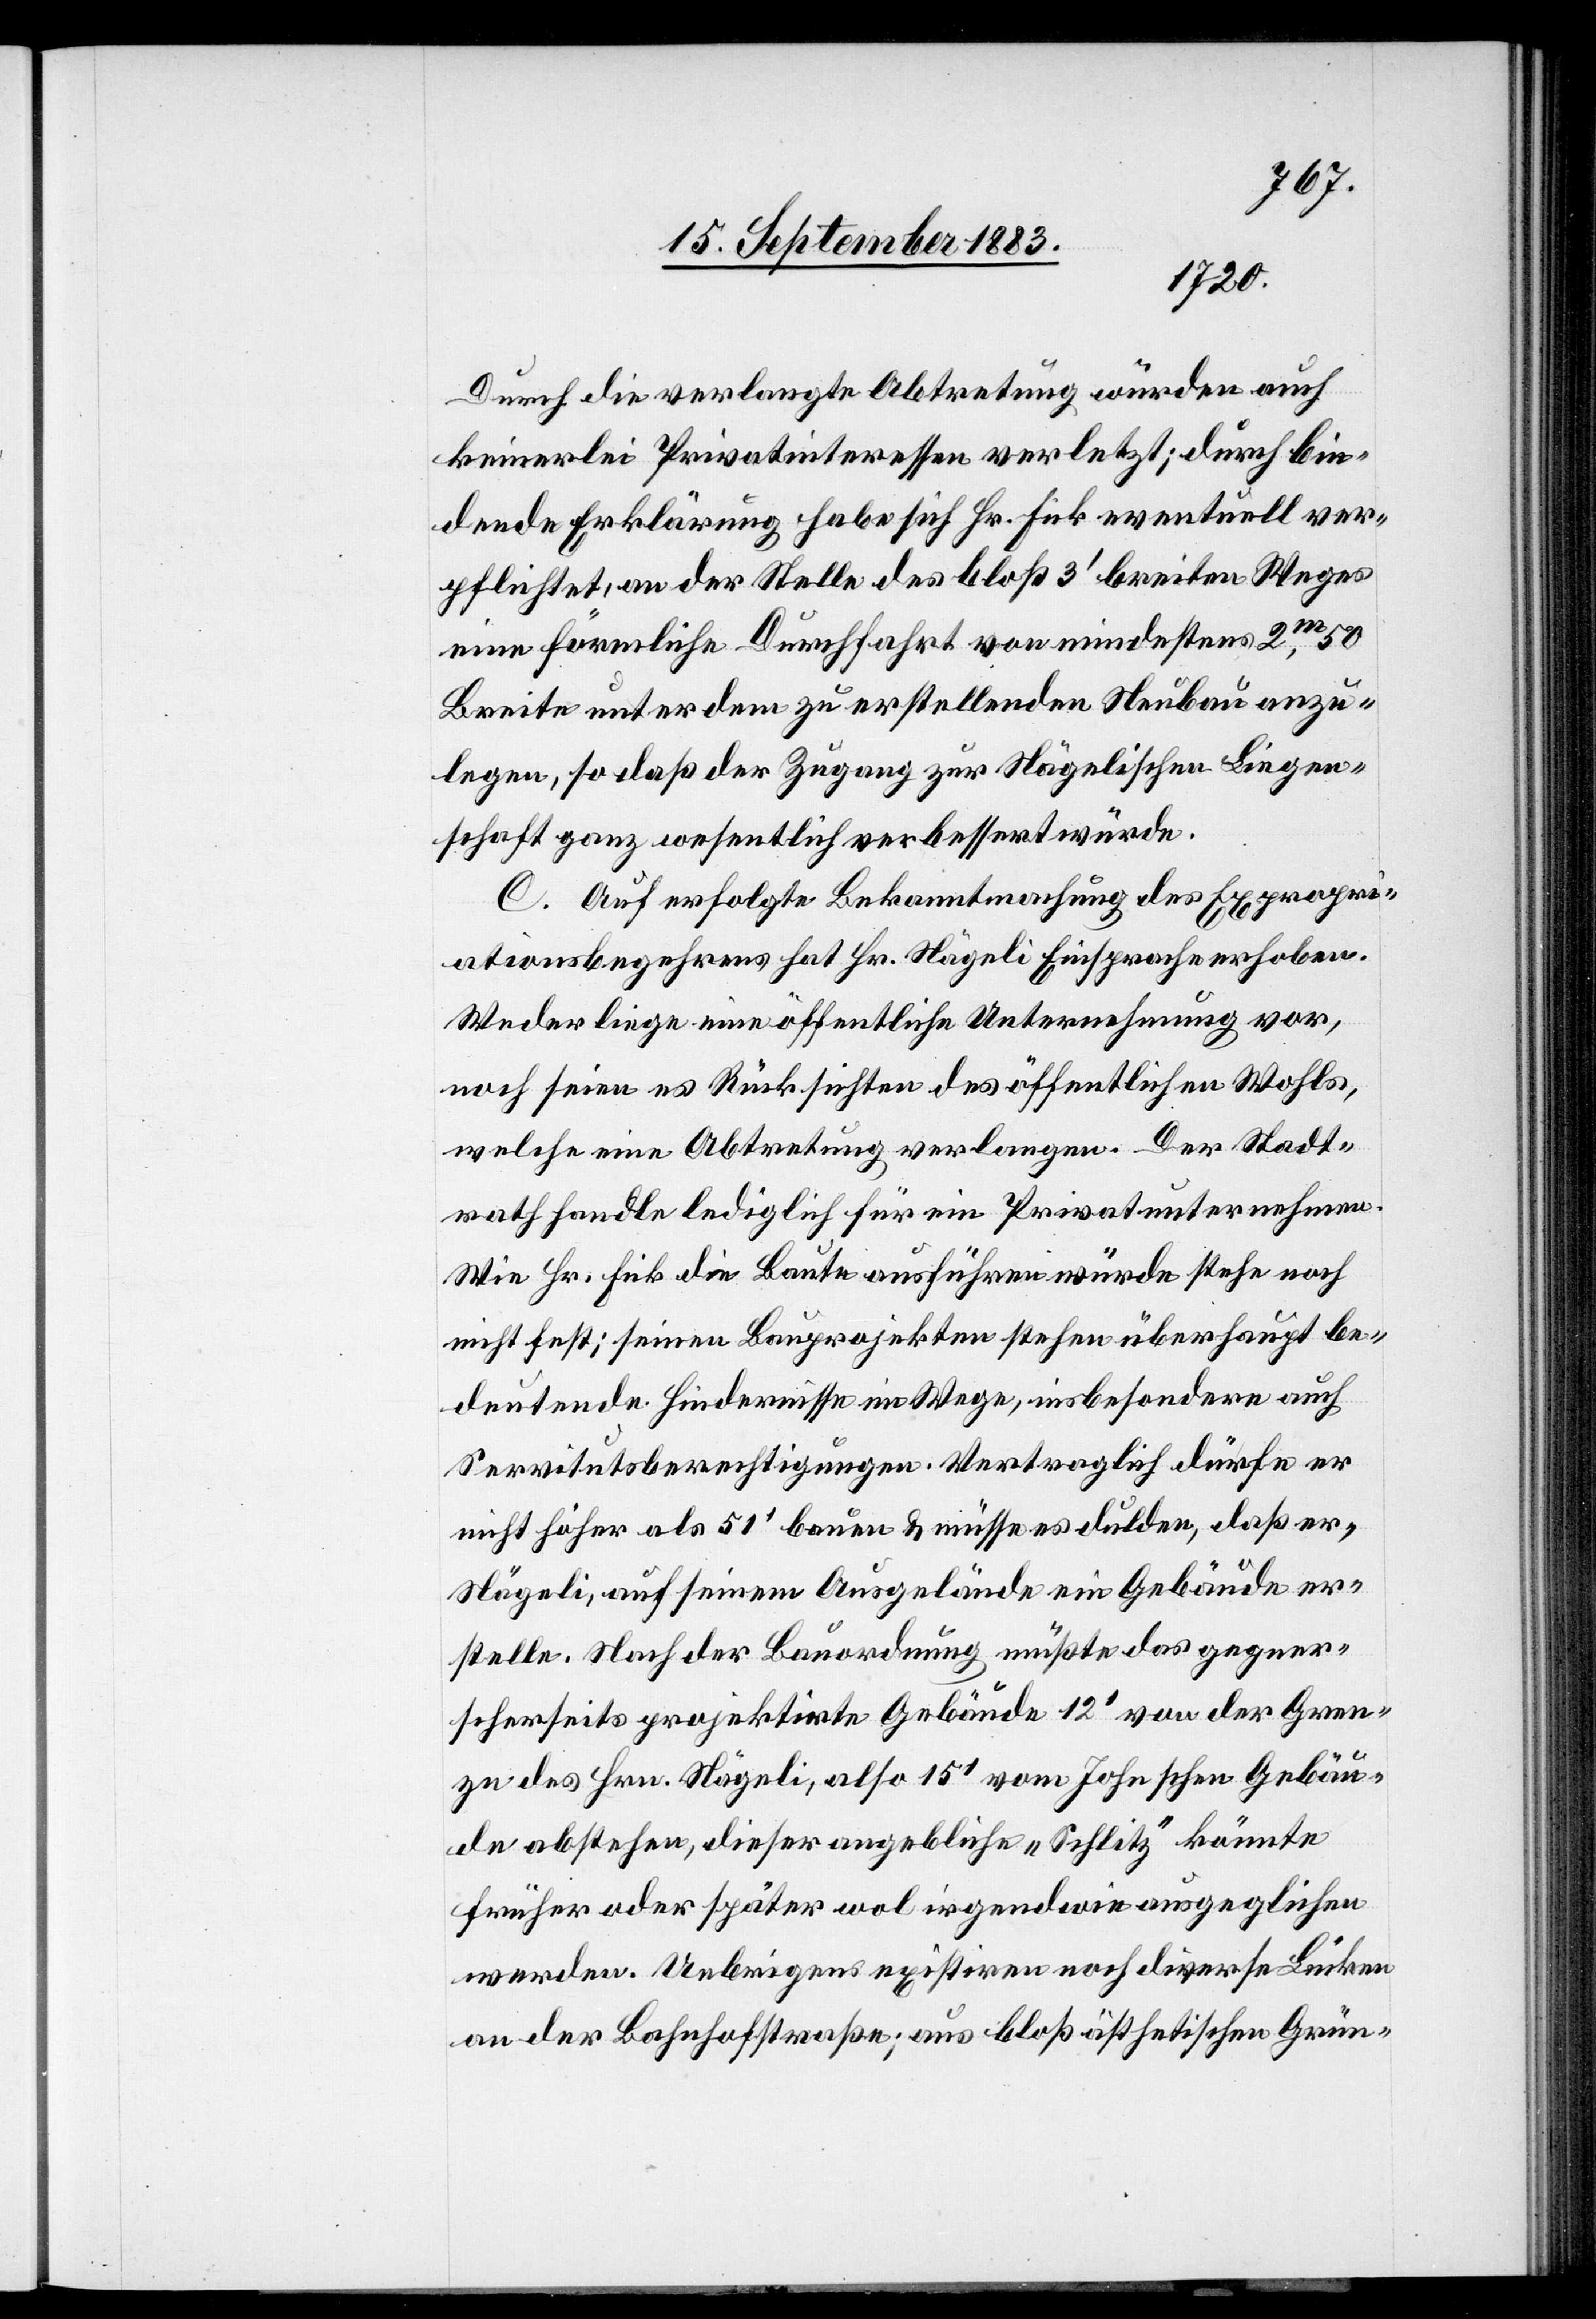
Durch die verlangte Abtretung würden auch
keinerlei Privatinteressen verletzt; durch bin¬
dende Erklärung habe sich Hr. Rick eventuell ver¬
pflichtet, an der Stelle des bloß 3’ breiten Weges
eine förmliche Durchfahrt von mindestens 2m, 50
Breite unter dem zu erstellenden Neubau anzu¬
legen, so daß der Zugang zur Nägelischen Liegen¬
schaft ganz wesentlich verbessert würde.
C. Auf erfolgte Bekanntmachung des Expropri¬
ationsbegehrens hat Hr. Nägeli Einsprache erhoben.
Weder liege eine öffentliche Unternehmung vor,
noch seien es Rücksichten des öffentlichen Wohls,
welche eine Abtretung verlangen. Der Stadt¬
rath handle lediglich für ein Privatunternehmen.
Wie Hr. Fick die Baute ausführen würde stehe noch
nicht fest; seinen Bauprojekten stehen überhaupt be¬
deutende Hindernisse im Wege, insbesondere auch
Servitutsberechtigungen. Vertraglich dürfe er
nicht höher als 51’ bauen & müsse es dulden, daß er,
Nägeli, auf seinem Ausgelände ein Gebäude er¬
stelle. Nach der Bauordnung müßte das gegne¬
r[i]scherseits projektirte Gebäude 15’ vom Johnschen Gebäu¬
de abstehen, dieser angebliche „Schlitz“ könnte
früher oder später wol irgendwie ausgeglichen
werden. Uebrigens existiren noch diverse Lücken
an der Bahnhofstraße; aus bloß ästhetischen Grün-